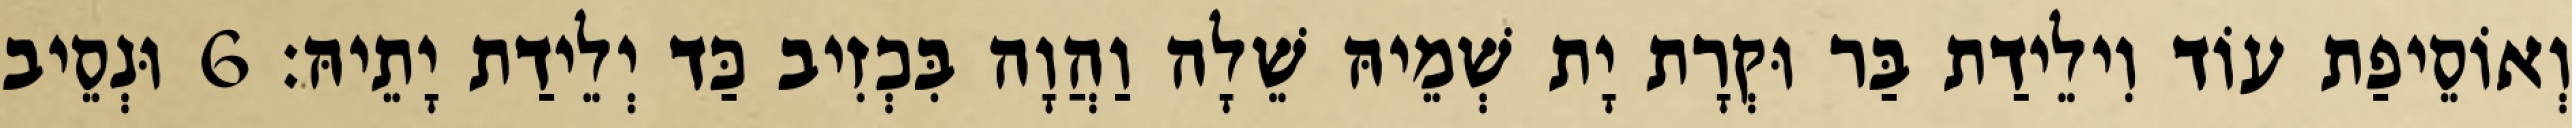
וְאוֹסֵיפַת עוֹד וִילֵידַת בַּר וּקְרָת יָת שְׁמֵיהּ שֵׁלָה וַהֲוָה בִּכְזִיב כַּד יְלֵידַת יָתֵיהּ׃ 6 וּנְסֵיב